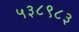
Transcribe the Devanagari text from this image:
५३८९८३